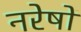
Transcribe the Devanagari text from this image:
नरेषों